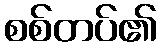
စစ်တပ်၏